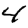
Digit: 4